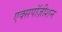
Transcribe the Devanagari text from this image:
एक्सपॉज़ीशन